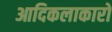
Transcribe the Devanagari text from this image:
आदिकलाकारों